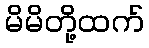
မိမိတို့ထက်